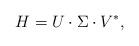
LaTeX: \begin{align*}H = U \cdot \Sigma \cdot V^{\ast},\end{align*}